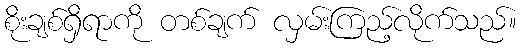
စိုးချစ်ရှိရာကို တစ်ချက် လှမ်းကြည့်လိုက်သည်။